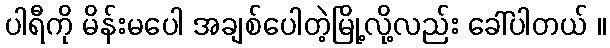
ပါရီကို မိန်းမပေါ အချစ်ပေါတဲ့မြို့လို့လည်း ခေါ်ပါတယ် ။